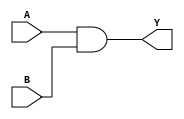
// BSD 3-Clause License
// 
// Copyright 2020 Lawrence T. Clark, Vinay Vashishtha, or Arizona State
// University
// 
// Redistribution and use in source and binary forms, with or without
// modification, are permitted provided that the following conditions are met:
// 
// 1. Redistributions of source code must retain the above copyright notice,
// this list of conditions and the following disclaimer.
// 
// 2. Redistributions in binary form must reproduce the above copyright
// notice, this list of conditions and the following disclaimer in the
// documentation and/or other materials provided with the distribution.
// 
// 3. Neither the name of the copyright holder nor the names of its
// contributors may be used to endorse or promote products derived from this
// software without specific prior written permission.
// 
// THIS SOFTWARE IS PROVIDED BY THE COPYRIGHT HOLDERS AND CONTRIBUTORS "AS IS"
// AND ANY EXPRESS OR IMPLIED WARRANTIES, INCLUDING, BUT NOT LIMITED TO, THE
// IMPLIED WARRANTIES OF MERCHANTABILITY AND FITNESS FOR A PARTICULAR PURPOSE
// ARE DISCLAIMED. IN NO EVENT SHALL THE COPYRIGHT HOLDER OR CONTRIBUTORS BE
// LIABLE FOR ANY DIRECT, INDIRECT, INCIDENTAL, SPECIAL, EXEMPLARY, OR
// CONSEQUENTIAL DAMAGES (INCLUDING, BUT NOT LIMITED TO, PROCUREMENT OF
// SUBSTITUTE GOODS OR SERVICES; LOSS OF USE, DATA, OR PROFITS; OR BUSINESS
// INTERRUPTION) HOWEVER CAUSED AND ON ANY THEORY OF LIABILITY, WHETHER IN
// CONTRACT, STRICT LIABILITY, OR TORT (INCLUDING NEGLIGENCE OR OTHERWISE)
// ARISING IN ANY WAY OUT OF THE USE OF THIS SOFTWARE, EVEN IF ADVISED OF THE
// POSSIBILITY OF SUCH DAMAGE.

// Verilog for library /home/ltclark/ASAP7/LIB2/Liberate_2/Verilog/asap7sc7p5t_SIMPLE_RVT_TT_201020 created by Liberate 18.1.0.293 on Fri Nov 27 12:35:46 MST 2020 for SDF version 2.1

// type:  
`timescale 1ns/10ps
`celldefine
module AND2x2_ASAP7_75t_R (Y, A, B);
	output Y;
	input A, B;

	// Function
	and (Y, A, B);

	// Timing
	specify
		(A => Y) = 0;
		(B => Y) = 0;
	endspecify
endmodule
`endcelldefine

// type:  
`timescale 1ns/10ps
`celldefine
module AND2x4_ASAP7_75t_R (Y, A, B);
	output Y;
	input A, B;

	// Function
	and (Y, A, B);

	// Timing
	specify
		(A => Y) = 0;
		(B => Y) = 0;
	endspecify
endmodule
`endcelldefine

// type:  
`timescale 1ns/10ps
`celldefine
module AND2x6_ASAP7_75t_R (Y, A, B);
	output Y;
	input A, B;

	// Function
	and (Y, A, B);

	// Timing
	specify
		(A => Y) = 0;
		(B => Y) = 0;
	endspecify
endmodule
`endcelldefine

// type:  
`timescale 1ns/10ps
`celldefine
module AND3x1_ASAP7_75t_R (Y, A, B, C);
	output Y;
	input A, B, C;

	// Function
	and (Y, A, B, C);

	// Timing
	specify
		(A => Y) = 0;
		(B => Y) = 0;
		(C => Y) = 0;
	endspecify
endmodule
`endcelldefine

// type:  
`timescale 1ns/10ps
`celldefine
module AND3x2_ASAP7_75t_R (Y, A, B, C);
	output Y;
	input A, B, C;

	// Function
	and (Y, A, B, C);

	// Timing
	specify
		(A => Y) = 0;
		(B => Y) = 0;
		(C => Y) = 0;
	endspecify
endmodule
`endcelldefine

// type:  
`timescale 1ns/10ps
`celldefine
module AND3x4_ASAP7_75t_R (Y, A, B, C);
	output Y;
	input A, B, C;

	// Function
	and (Y, A, B, C);

	// Timing
	specify
		(A => Y) = 0;
		(B => Y) = 0;
		(C => Y) = 0;
	endspecify
endmodule
`endcelldefine

// type:  
`timescale 1ns/10ps
`celldefine
module AND4x1_ASAP7_75t_R (Y, A, B, C, D);
	output Y;
	input A, B, C, D;

	// Function
	and (Y, A, B, C, D);

	// Timing
	specify
		(A => Y) = 0;
		(B => Y) = 0;
		(C => Y) = 0;
		(D => Y) = 0;
	endspecify
endmodule
`endcelldefine

// type:  
`timescale 1ns/10ps
`celldefine
module AND4x2_ASAP7_75t_R (Y, A, B, C, D);
	output Y;
	input A, B, C, D;

	// Function
	and (Y, A, B, C, D);

	// Timing
	specify
		(A => Y) = 0;
		(B => Y) = 0;
		(C => Y) = 0;
		(D => Y) = 0;
	endspecify
endmodule
`endcelldefine

// type:  
`timescale 1ns/10ps
`celldefine
module AND5x1_ASAP7_75t_R (Y, A, B, C, D, E);
	output Y;
	input A, B, C, D, E;

	// Function
	and (Y, A, B, C, D, E);

	// Timing
	specify
		(A => Y) = 0;
		(B => Y) = 0;
		(C => Y) = 0;
		(D => Y) = 0;
		(E => Y) = 0;
	endspecify
endmodule
`endcelldefine

// type:  
`timescale 1ns/10ps
`celldefine
module AND5x2_ASAP7_75t_R (Y, A, B, C, D, E);
	output Y;
	input A, B, C, D, E;

	// Function
	and (Y, A, B, C, D, E);

	// Timing
	specify
		(A => Y) = 0;
		(B => Y) = 0;
		(C => Y) = 0;
		(D => Y) = 0;
		(E => Y) = 0;
	endspecify
endmodule
`endcelldefine

// type:  
`timescale 1ns/10ps
`celldefine
module FAx1_ASAP7_75t_R (CON, SN, A, B, CI);
	output CON, SN;
	input A, B, CI;

	// Function
	wire A__bar, B__bar, CI__bar;
	wire int_fwire_0, int_fwire_1, int_fwire_2;
	wire int_fwire_3, int_fwire_4, int_fwire_5;
	wire int_fwire_6;

	not (CI__bar, CI);
	not (B__bar, B);
	and (int_fwire_0, B__bar, CI__bar);
	not (A__bar, A);
	and (int_fwire_1, A__bar, CI__bar);
	and (int_fwire_2, A__bar, B__bar);
	or (CON, int_fwire_2, int_fwire_1, int_fwire_0);
	and (int_fwire_3, A__bar, B__bar, CI__bar);
	and (int_fwire_4, A__bar, B, CI);
	and (int_fwire_5, A, B__bar, CI);
	and (int_fwire_6, A, B, CI__bar);
	or (SN, int_fwire_6, int_fwire_5, int_fwire_4, int_fwire_3);
endmodule
`endcelldefine

// type:  
`timescale 1ns/10ps
`celldefine
module HAxp5_ASAP7_75t_R (CON, SN, A, B);
	output CON, SN;
	input A, B;

	// Function
	wire A__bar, B__bar, int_fwire_0;
	wire int_fwire_1;

	not (B__bar, B);
	not (A__bar, A);
	or (CON, A__bar, B__bar);
	and (int_fwire_0, A__bar, B__bar);
	and (int_fwire_1, A, B);
	or (SN, int_fwire_1, int_fwire_0);

	// Timing
	specify
		(A => CON) = 0;
		(B => CON) = 0;
		if (B)
			(A => SN) = 0;
		if (~B)
			(A => SN) = 0;
		if (A)
			(B => SN) = 0;
		if (~A)
			(B => SN) = 0;
	endspecify
endmodule
`endcelldefine

// type:  
`timescale 1ns/10ps
`celldefine
module MAJIxp5_ASAP7_75t_R (Y, A, B, C);
	output Y;
	input A, B, C;

	// Function
	wire A__bar, B__bar, C__bar;
	wire int_fwire_0, int_fwire_1, int_fwire_2;

	not (C__bar, C);
	not (B__bar, B);
	and (int_fwire_0, B__bar, C__bar);
	not (A__bar, A);
	and (int_fwire_1, A__bar, C__bar);
	and (int_fwire_2, A__bar, B__bar);
	or (Y, int_fwire_2, int_fwire_1, int_fwire_0);
endmodule
`endcelldefine

// type:  
`timescale 1ns/10ps
`celldefine
module MAJx2_ASAP7_75t_R (Y, A, B, C);
	output Y;
	input A, B, C;

	// Function
	wire int_fwire_0, int_fwire_1, int_fwire_2;

	and (int_fwire_0, B, C);
	and (int_fwire_1, A, C);
	and (int_fwire_2, A, B);
	or (Y, int_fwire_2, int_fwire_1, int_fwire_0);
endmodule
`endcelldefine

// type:  
`timescale 1ns/10ps
`celldefine
module MAJx3_ASAP7_75t_R (Y, A, B, C);
	output Y;
	input A, B, C;

	// Function
	wire int_fwire_0, int_fwire_1, int_fwire_2;

	and (int_fwire_0, B, C);
	and (int_fwire_1, A, C);
	and (int_fwire_2, A, B);
	or (Y, int_fwire_2, int_fwire_1, int_fwire_0);
endmodule
`endcelldefine

// type:  
`timescale 1ns/10ps
`celldefine
module NAND2x1_ASAP7_75t_R (Y, A, B);
	output Y;
	input A, B;

	// Function
	wire A__bar, B__bar;

	not (B__bar, B);
	not (A__bar, A);
	or (Y, A__bar, B__bar);

	// Timing
	specify
		(A => Y) = 0;
		(B => Y) = 0;
	endspecify
endmodule
`endcelldefine

// type:  
`timescale 1ns/10ps
`celldefine
module NAND2x1p5_ASAP7_75t_R (Y, A, B);
	output Y;
	input A, B;

	// Function
	wire A__bar, B__bar;

	not (B__bar, B);
	not (A__bar, A);
	or (Y, A__bar, B__bar);

	// Timing
	specify
		(A => Y) = 0;
		(B => Y) = 0;
	endspecify
endmodule
`endcelldefine

// type:  
`timescale 1ns/10ps
`celldefine
module NAND2x2_ASAP7_75t_R (Y, A, B);
	output Y;
	input A, B;

	// Function
	wire A__bar, B__bar;

	not (B__bar, B);
	not (A__bar, A);
	or (Y, A__bar, B__bar);

	// Timing
	specify
		(A => Y) = 0;
		(B => Y) = 0;
	endspecify
endmodule
`endcelldefine

// type:  
`timescale 1ns/10ps
`celldefine
module NAND2xp33_ASAP7_75t_R (Y, A, B);
	output Y;
	input A, B;

	// Function
	wire A__bar, B__bar;

	not (B__bar, B);
	not (A__bar, A);
	or (Y, A__bar, B__bar);

	// Timing
	specify
		(A => Y) = 0;
		(B => Y) = 0;
	endspecify
endmodule
`endcelldefine

// type:  
`timescale 1ns/10ps
`celldefine
module NAND2xp5_ASAP7_75t_R (Y, A, B);
	output Y;
	input A, B;

	// Function
	wire A__bar, B__bar;

	not (B__bar, B);
	not (A__bar, A);
	or (Y, A__bar, B__bar);

	// Timing
	specify
		(A => Y) = 0;
		(B => Y) = 0;
	endspecify
endmodule
`endcelldefine

// type:  
`timescale 1ns/10ps
`celldefine
module NAND2xp67_ASAP7_75t_R (Y, A, B);
	output Y;
	input A, B;

	// Function
	wire A__bar, B__bar;

	not (B__bar, B);
	not (A__bar, A);
	or (Y, A__bar, B__bar);

	// Timing
	specify
		(A => Y) = 0;
		(B => Y) = 0;
	endspecify
endmodule
`endcelldefine

// type:  
`timescale 1ns/10ps
`celldefine
module NAND3x1_ASAP7_75t_R (Y, A, B, C);
	output Y;
	input A, B, C;

	// Function
	wire A__bar, B__bar, C__bar;

	not (C__bar, C);
	not (B__bar, B);
	not (A__bar, A);
	or (Y, A__bar, B__bar, C__bar);

	// Timing
	specify
		(A => Y) = 0;
		(B => Y) = 0;
		(C => Y) = 0;
	endspecify
endmodule
`endcelldefine

// type:  
`timescale 1ns/10ps
`celldefine
module NAND3x2_ASAP7_75t_R (Y, A, B, C);
	output Y;
	input A, B, C;

	// Function
	wire A__bar, B__bar, C__bar;

	not (C__bar, C);
	not (B__bar, B);
	not (A__bar, A);
	or (Y, A__bar, B__bar, C__bar);

	// Timing
	specify
		(A => Y) = 0;
		(B => Y) = 0;
		(C => Y) = 0;
	endspecify
endmodule
`endcelldefine

// type:  
`timescale 1ns/10ps
`celldefine
module NAND3xp33_ASAP7_75t_R (Y, A, B, C);
	output Y;
	input A, B, C;

	// Function
	wire A__bar, B__bar, C__bar;

	not (C__bar, C);
	not (B__bar, B);
	not (A__bar, A);
	or (Y, A__bar, B__bar, C__bar);

	// Timing
	specify
		(A => Y) = 0;
		(B => Y) = 0;
		(C => Y) = 0;
	endspecify
endmodule
`endcelldefine

// type:  
`timescale 1ns/10ps
`celldefine
module NAND4xp25_ASAP7_75t_R (Y, A, B, C, D);
	output Y;
	input A, B, C, D;

	// Function
	wire A__bar, B__bar, C__bar;
	wire D__bar;

	not (D__bar, D);
	not (C__bar, C);
	not (B__bar, B);
	not (A__bar, A);
	or (Y, A__bar, B__bar, C__bar, D__bar);

	// Timing
	specify
		(A => Y) = 0;
		(B => Y) = 0;
		(C => Y) = 0;
		(D => Y) = 0;
	endspecify
endmodule
`endcelldefine

// type:  
`timescale 1ns/10ps
`celldefine
module NAND4xp75_ASAP7_75t_R (Y, A, B, C, D);
	output Y;
	input A, B, C, D;

	// Function
	wire A__bar, B__bar, C__bar;
	wire D__bar;

	not (D__bar, D);
	not (C__bar, C);
	not (B__bar, B);
	not (A__bar, A);
	or (Y, A__bar, B__bar, C__bar, D__bar);

	// Timing
	specify
		(A => Y) = 0;
		(B => Y) = 0;
		(C => Y) = 0;
		(D => Y) = 0;
	endspecify
endmodule
`endcelldefine

// type:  
`timescale 1ns/10ps
`celldefine
module NAND5xp2_ASAP7_75t_R (Y, A, B, C, D, E);
	output Y;
	input A, B, C, D, E;

	// Function
	wire A__bar, B__bar, C__bar;
	wire D__bar, E__bar;

	not (E__bar, E);
	not (D__bar, D);
	not (C__bar, C);
	not (B__bar, B);
	not (A__bar, A);
	or (Y, A__bar, B__bar, C__bar, D__bar, E__bar);

	// Timing
	specify
		(A => Y) = 0;
		(B => Y) = 0;
		(C => Y) = 0;
		(D => Y) = 0;
		(E => Y) = 0;
	endspecify
endmodule
`endcelldefine

// type:  
`timescale 1ns/10ps
`celldefine
module NOR2x1_ASAP7_75t_R (Y, A, B);
	output Y;
	input A, B;

	// Function
	wire A__bar, B__bar;

	not (B__bar, B);
	not (A__bar, A);
	and (Y, A__bar, B__bar);

	// Timing
	specify
		(A => Y) = 0;
		(B => Y) = 0;
	endspecify
endmodule
`endcelldefine

// type:  
`timescale 1ns/10ps
`celldefine
module NOR2x1p5_ASAP7_75t_R (Y, A, B);
	output Y;
	input A, B;

	// Function
	wire A__bar, B__bar;

	not (B__bar, B);
	not (A__bar, A);
	and (Y, A__bar, B__bar);

	// Timing
	specify
		(A => Y) = 0;
		(B => Y) = 0;
	endspecify
endmodule
`endcelldefine

// type:  
`timescale 1ns/10ps
`celldefine
module NOR2x2_ASAP7_75t_R (Y, A, B);
	output Y;
	input A, B;

	// Function
	wire A__bar, B__bar;

	not (B__bar, B);
	not (A__bar, A);
	and (Y, A__bar, B__bar);

	// Timing
	specify
		(A => Y) = 0;
		(B => Y) = 0;
	endspecify
endmodule
`endcelldefine

// type:  
`timescale 1ns/10ps
`celldefine
module NOR2xp33_ASAP7_75t_R (Y, A, B);
	output Y;
	input A, B;

	// Function
	wire A__bar, B__bar;

	not (B__bar, B);
	not (A__bar, A);
	and (Y, A__bar, B__bar);

	// Timing
	specify
		(A => Y) = 0;
		(B => Y) = 0;
	endspecify
endmodule
`endcelldefine

// type:  
`timescale 1ns/10ps
`celldefine
module NOR2xp67_ASAP7_75t_R (Y, A, B);
	output Y;
	input A, B;

	// Function
	wire A__bar, B__bar;

	not (B__bar, B);
	not (A__bar, A);
	and (Y, A__bar, B__bar);

	// Timing
	specify
		(A => Y) = 0;
		(B => Y) = 0;
	endspecify
endmodule
`endcelldefine

// type:  
`timescale 1ns/10ps
`celldefine
module NOR3x1_ASAP7_75t_R (Y, A, B, C);
	output Y;
	input A, B, C;

	// Function
	wire A__bar, B__bar, C__bar;

	not (C__bar, C);
	not (B__bar, B);
	not (A__bar, A);
	and (Y, A__bar, B__bar, C__bar);

	// Timing
	specify
		(A => Y) = 0;
		(B => Y) = 0;
		(C => Y) = 0;
	endspecify
endmodule
`endcelldefine

// type:  
`timescale 1ns/10ps
`celldefine
module NOR3x2_ASAP7_75t_R (Y, A, B, C);
	output Y;
	input A, B, C;

	// Function
	wire A__bar, B__bar, C__bar;

	not (C__bar, C);
	not (B__bar, B);
	not (A__bar, A);
	and (Y, A__bar, B__bar, C__bar);

	// Timing
	specify
		(A => Y) = 0;
		(B => Y) = 0;
		(C => Y) = 0;
	endspecify
endmodule
`endcelldefine

// type:  
`timescale 1ns/10ps
`celldefine
module NOR3xp33_ASAP7_75t_R (Y, A, B, C);
	output Y;
	input A, B, C;

	// Function
	wire A__bar, B__bar, C__bar;

	not (C__bar, C);
	not (B__bar, B);
	not (A__bar, A);
	and (Y, A__bar, B__bar, C__bar);

	// Timing
	specify
		(A => Y) = 0;
		(B => Y) = 0;
		(C => Y) = 0;
	endspecify
endmodule
`endcelldefine

// type:  
`timescale 1ns/10ps
`celldefine
module NOR4xp25_ASAP7_75t_R (Y, A, B, C, D);
	output Y;
	input A, B, C, D;

	// Function
	wire A__bar, B__bar, C__bar;
	wire D__bar;

	not (D__bar, D);
	not (C__bar, C);
	not (B__bar, B);
	not (A__bar, A);
	and (Y, A__bar, B__bar, C__bar, D__bar);

	// Timing
	specify
		(A => Y) = 0;
		(B => Y) = 0;
		(C => Y) = 0;
		(D => Y) = 0;
	endspecify
endmodule
`endcelldefine

// type:  
`timescale 1ns/10ps
`celldefine
module NOR4xp75_ASAP7_75t_R (Y, A, B, C, D);
	output Y;
	input A, B, C, D;

	// Function
	wire A__bar, B__bar, C__bar;
	wire D__bar;

	not (D__bar, D);
	not (C__bar, C);
	not (B__bar, B);
	not (A__bar, A);
	and (Y, A__bar, B__bar, C__bar, D__bar);

	// Timing
	specify
		(A => Y) = 0;
		(B => Y) = 0;
		(C => Y) = 0;
		(D => Y) = 0;
	endspecify
endmodule
`endcelldefine

// type:  
`timescale 1ns/10ps
`celldefine
module NOR5xp2_ASAP7_75t_R (Y, A, B, C, D, E);
	output Y;
	input A, B, C, D, E;

	// Function
	wire A__bar, B__bar, C__bar;
	wire D__bar, E__bar;

	not (E__bar, E);
	not (D__bar, D);
	not (C__bar, C);
	not (B__bar, B);
	not (A__bar, A);
	and (Y, A__bar, B__bar, C__bar, D__bar, E__bar);

	// Timing
	specify
		(A => Y) = 0;
		(B => Y) = 0;
		(C => Y) = 0;
		(D => Y) = 0;
		(E => Y) = 0;
	endspecify
endmodule
`endcelldefine

// type:  
`timescale 1ns/10ps
`celldefine
module OR2x2_ASAP7_75t_R (Y, A, B);
	output Y;
	input A, B;

	// Function
	or (Y, A, B);

	// Timing
	specify
		(A => Y) = 0;
		(B => Y) = 0;
	endspecify
endmodule
`endcelldefine

// type:  
`timescale 1ns/10ps
`celldefine
module OR2x4_ASAP7_75t_R (Y, A, B);
	output Y;
	input A, B;

	// Function
	or (Y, A, B);

	// Timing
	specify
		(A => Y) = 0;
		(B => Y) = 0;
	endspecify
endmodule
`endcelldefine

// type:  
`timescale 1ns/10ps
`celldefine
module OR2x6_ASAP7_75t_R (Y, A, B);
	output Y;
	input A, B;

	// Function
	or (Y, A, B);

	// Timing
	specify
		(A => Y) = 0;
		(B => Y) = 0;
	endspecify
endmodule
`endcelldefine

// type:  
`timescale 1ns/10ps
`celldefine
module OR3x1_ASAP7_75t_R (Y, A, B, C);
	output Y;
	input A, B, C;

	// Function
	or (Y, A, B, C);

	// Timing
	specify
		(A => Y) = 0;
		(B => Y) = 0;
		(C => Y) = 0;
	endspecify
endmodule
`endcelldefine

// type:  
`timescale 1ns/10ps
`celldefine
module OR3x2_ASAP7_75t_R (Y, A, B, C);
	output Y;
	input A, B, C;

	// Function
	or (Y, A, B, C);

	// Timing
	specify
		(A => Y) = 0;
		(B => Y) = 0;
		(C => Y) = 0;
	endspecify
endmodule
`endcelldefine

// type:  
`timescale 1ns/10ps
`celldefine
module OR3x4_ASAP7_75t_R (Y, A, B, C);
	output Y;
	input A, B, C;

	// Function
	or (Y, A, B, C);

	// Timing
	specify
		(A => Y) = 0;
		(B => Y) = 0;
		(C => Y) = 0;
	endspecify
endmodule
`endcelldefine

// type:  
`timescale 1ns/10ps
`celldefine
module OR4x1_ASAP7_75t_R (Y, A, B, C, D);
	output Y;
	input A, B, C, D;

	// Function
	or (Y, A, B, C, D);

	// Timing
	specify
		(A => Y) = 0;
		(B => Y) = 0;
		(C => Y) = 0;
		(D => Y) = 0;
	endspecify
endmodule
`endcelldefine

// type:  
`timescale 1ns/10ps
`celldefine
module OR4x2_ASAP7_75t_R (Y, A, B, C, D);
	output Y;
	input A, B, C, D;

	// Function
	or (Y, A, B, C, D);

	// Timing
	specify
		(A => Y) = 0;
		(B => Y) = 0;
		(C => Y) = 0;
		(D => Y) = 0;
	endspecify
endmodule
`endcelldefine

// type:  
`timescale 1ns/10ps
`celldefine
module OR5x1_ASAP7_75t_R (Y, A, B, C, D, E);
	output Y;
	input A, B, C, D, E;

	// Function
	or (Y, A, B, C, D, E);

	// Timing
	specify
		(A => Y) = 0;
		(B => Y) = 0;
		(C => Y) = 0;
		(D => Y) = 0;
		(E => Y) = 0;
	endspecify
endmodule
`endcelldefine

// type:  
`timescale 1ns/10ps
`celldefine
module OR5x2_ASAP7_75t_R (Y, A, B, C, D, E);
	output Y;
	input A, B, C, D, E;

	// Function
	or (Y, A, B, C, D, E);

	// Timing
	specify
		(A => Y) = 0;
		(B => Y) = 0;
		(C => Y) = 0;
		(D => Y) = 0;
		(E => Y) = 0;
	endspecify
endmodule
`endcelldefine

// type:  
`timescale 1ns/10ps
`celldefine
module TIEHIx1_ASAP7_75t_R (H);
	output H;

	// Function
	buf (H, 1'b1);

	// Timing
	specify
	endspecify
endmodule
`endcelldefine

// type:  
`timescale 1ns/10ps
`celldefine
module TIELOx1_ASAP7_75t_R (L);
	output L;

	// Function
	buf (L, 1'b0);

	// Timing
	specify
	endspecify
endmodule
`endcelldefine

// type:  
`timescale 1ns/10ps
`celldefine
module XNOR2x1_ASAP7_75t_R (Y, A, B);
	output Y;
	input A, B;

	// Function
	wire A__bar, B__bar, int_fwire_0;
	wire int_fwire_1;

	not (B__bar, B);
	not (A__bar, A);
	and (int_fwire_0, A__bar, B__bar);
	and (int_fwire_1, A, B);
	or (Y, int_fwire_1, int_fwire_0);

	// Timing
	specify
		if (B)
			(A => Y) = 0;
		if (~B)
			(A => Y) = 0;
		if (A)
			(B => Y) = 0;
		if (~A)
			(B => Y) = 0;
	endspecify
endmodule
`endcelldefine

// type:  
`timescale 1ns/10ps
`celldefine
module XNOR2x2_ASAP7_75t_R (Y, A, B);
	output Y;
	input A, B;

	// Function
	wire A__bar, B__bar, int_fwire_0;
	wire int_fwire_1;

	not (B__bar, B);
	not (A__bar, A);
	and (int_fwire_0, A__bar, B__bar);
	and (int_fwire_1, A, B);
	or (Y, int_fwire_1, int_fwire_0);

	// Timing
	specify
		if (B)
			(A => Y) = 0;
		if (~B)
			(A => Y) = 0;
		if (A)
			(B => Y) = 0;
		if (~A)
			(B => Y) = 0;
	endspecify
endmodule
`endcelldefine

// type:  
`timescale 1ns/10ps
`celldefine
module XNOR2xp5_ASAP7_75t_R (Y, A, B);
	output Y;
	input A, B;

	// Function
	wire A__bar, B__bar, int_fwire_0;
	wire int_fwire_1;

	not (B__bar, B);
	not (A__bar, A);
	and (int_fwire_0, A__bar, B__bar);
	and (int_fwire_1, A, B);
	or (Y, int_fwire_1, int_fwire_0);

	// Timing
	specify
		if (B)
			(A => Y) = 0;
		if (~B)
			(A => Y) = 0;
		if (A)
			(B => Y) = 0;
		if (~A)
			(B => Y) = 0;
	endspecify
endmodule
`endcelldefine

// type:  
`timescale 1ns/10ps
`celldefine
module XOR2x1_ASAP7_75t_R (Y, A, B);
	output Y;
	input A, B;

	// Function
	wire A__bar, B__bar, int_fwire_0;
	wire int_fwire_1;

	not (A__bar, A);
	and (int_fwire_0, A__bar, B);
	not (B__bar, B);
	and (int_fwire_1, A, B__bar);
	or (Y, int_fwire_1, int_fwire_0);

	// Timing
	specify
		if (~B)
			(A => Y) = 0;
		if (B)
			(A => Y) = 0;
		if (~A)
			(B => Y) = 0;
		if (A)
			(B => Y) = 0;
	endspecify
endmodule
`endcelldefine

// type:  
`timescale 1ns/10ps
`celldefine
module XOR2x2_ASAP7_75t_R (Y, A, B);
	output Y;
	input A, B;

	// Function
	wire A__bar, B__bar, int_fwire_0;
	wire int_fwire_1;

	not (A__bar, A);
	and (int_fwire_0, A__bar, B);
	not (B__bar, B);
	and (int_fwire_1, A, B__bar);
	or (Y, int_fwire_1, int_fwire_0);

	// Timing
	specify
		if (~B)
			(A => Y) = 0;
		if (B)
			(A => Y) = 0;
		if (~A)
			(B => Y) = 0;
		if (A)
			(B => Y) = 0;
	endspecify
endmodule
`endcelldefine

// type:  
`timescale 1ns/10ps
`celldefine
module XOR2xp5_ASAP7_75t_R (Y, A, B);
	output Y;
	input A, B;

	// Function
	wire A__bar, B__bar, int_fwire_0;
	wire int_fwire_1;

	not (A__bar, A);
	and (int_fwire_0, A__bar, B);
	not (B__bar, B);
	and (int_fwire_1, A, B__bar);
	or (Y, int_fwire_1, int_fwire_0);

	// Timing
	specify
		if (~B)
			(A => Y) = 0;
		if (B)
			(A => Y) = 0;
		if (~A)
			(B => Y) = 0;
		if (A)
			(B => Y) = 0;
	endspecify
endmodule
`endcelldefine